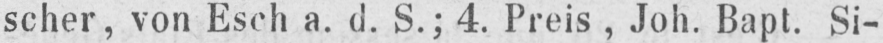
scher, von Esch a. d. S.; 4. Preis, Joh. Bapt. Si-